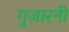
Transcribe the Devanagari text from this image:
गुज़ारनी